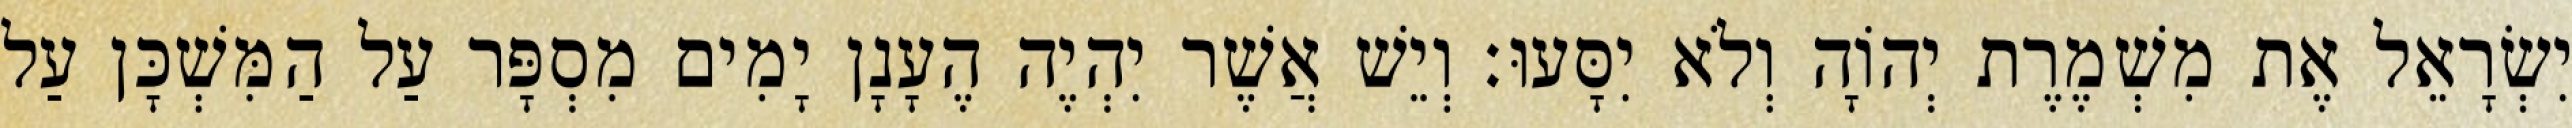
יִשְׂרָאֵל אֶת מִשְׁמֶרֶת יְהוָֹה וְלֹא יִסָּעוּ׃ וְיֵשׁ אֲשֶׁר יִהְיֶה הֶעָנָן יָמִים מִסְפָּר עַל הַמִּשְׁכָּן עַל